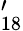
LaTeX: '_{18}